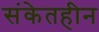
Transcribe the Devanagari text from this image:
संकेतहीन